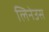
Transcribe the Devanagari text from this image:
लिनेउस